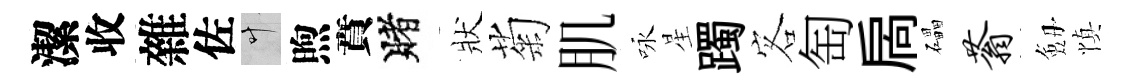
潔收雜佐叶煦賁賭狀菊肌咏星躅客匋扄礧蓊劔慎